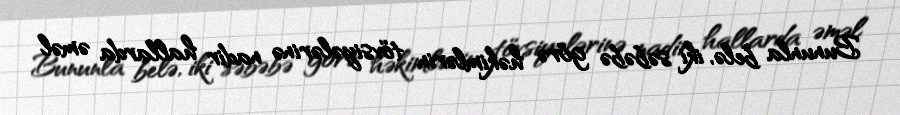
Bununla belə, iki səbəbə görə həkimlərin tövsiyələrinə nadir hallarda əməl